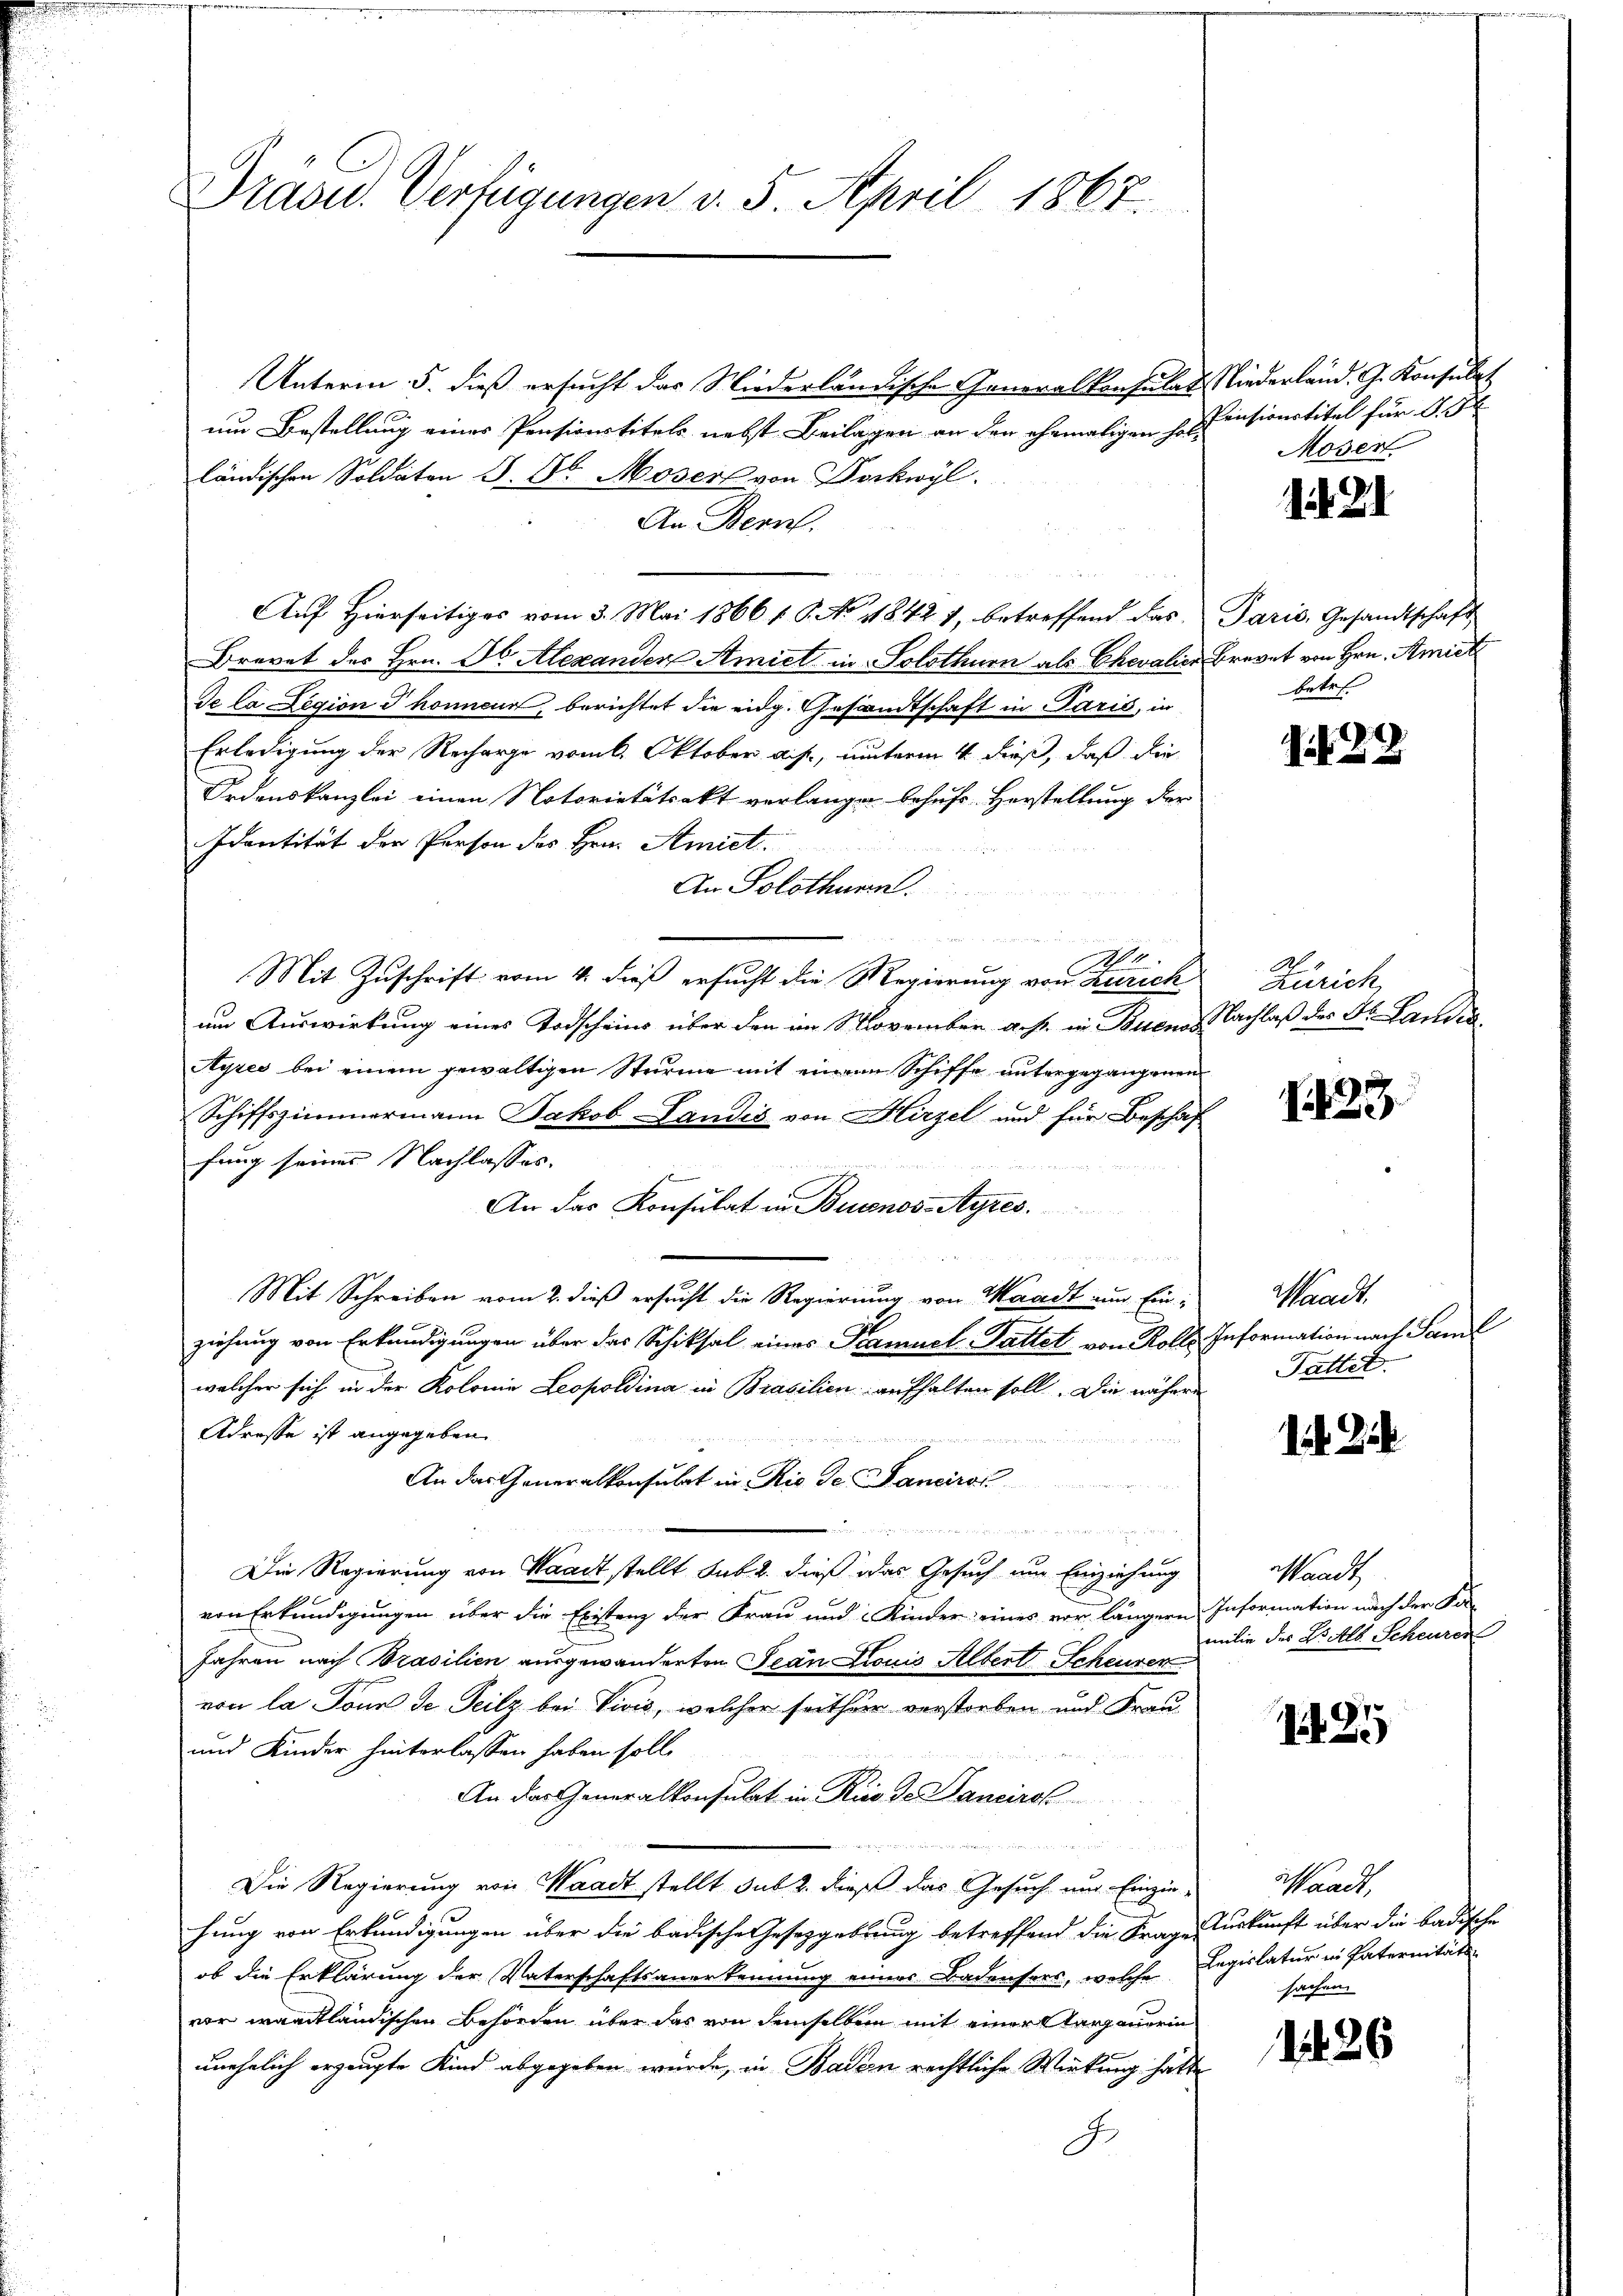
Drave. Verfügungen v. 5. April 1867.

Unterm 5. dieß ersucht das Niederländische Generalkonsulat Niederland. G. Konsulat
um Bestellung eines Pensionstitels nebst Beilagen an den ehemaligen Hospensionstitel für d. 5
ländischen Soldaten §. 8. Moser von Dockwyl.
An Bern.
Auf Hierseitiges vom 3. Mai 1866 f. S. No 11842 7, betreffend das
Brevet des Hrn. A. Alexanden Amiet in Solothurn als Chevalier Brevet von Hrn. Amiet
de la Region u honnen, berichtet die eidg. Gesandtschaft in Paris, in
Erledigung der Recharge vom 6. Oktober a. p., unterm 4. dieß, daß die
Ordenskanzlei einen Notorietätsakt verlangen behufs Herstellung der
Identität der Person des Hrn. Amiet
An Solothurn.
u
4
Mit Zuschrift vom 4. dieß ersucht die Regierung von Zürich
um Auswirkung eines Todscheins über den im November aus in Buenos
Ayres bei einem gewaltigen Sturme mit einem Schiffe untergegangenen
Schiffszimmermann Jakob Landis von Hirzel und für Beschaf
fung seiner Nachlasses.
An das Konsulat in Buenos-Ayres.
au
Mit Schreiben vom 2. dieß ersucht die Regierung von Waadt um Einziehung von Erkundigungen über das Schiksal eines Samuel-Sattet von Rolle
welcher sich in der Kolonie Leopoldina in Brasilien aufhalten soll. Die nähere
Adresse ist angegeben.
An das Generalkonsulat in Rio de Janeirol

dter enthalten zu die er sie in der die an
Die Regierung von Waadt stellt sub. 2. dieß das Gesuch um Einziehung
von Erkundigungen über die Existenz der Frau und Kinder eines vor längern
Jahren nach Brasilien ausgewanderten Jean Louis Altert Scheurer
von la Donn de Teilz bei Vivis, welcher seithur verstorben und Frau
und Kinder hinterlassen haben soll.
An das Generalkonsulat in Rio de Danciret

Die Regierung von Waadt stellt sub 2. dieß das Gesuch und Einzie-
hung von Erkundigungen über die badische Gesetzgebung betreffend die Frages urkunft über die badische
ob die Erklärung der Vaterschaftsanerkennung eines Badensers, welche Legislatur in Paternitäts-
vor waadtländischen Behörden über das von demselben mit einer Aargauerin
unehelich erzeugte Kind abgegeben wurde, in Baden rechtliche Wirkung hatte
J

Moser

2

Paris, Gesandtschaft
betr.

22

M. 1
Zürich
Nachlaß des Dr. Landra

1223.

Waadt.
Information nach Saml
Pattet.

dit. Zi

wandt
Information nach der Sa
milie des L. Als Scheuren

25

Waadt,
sachen.

1426